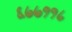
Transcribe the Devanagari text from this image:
६७७११८